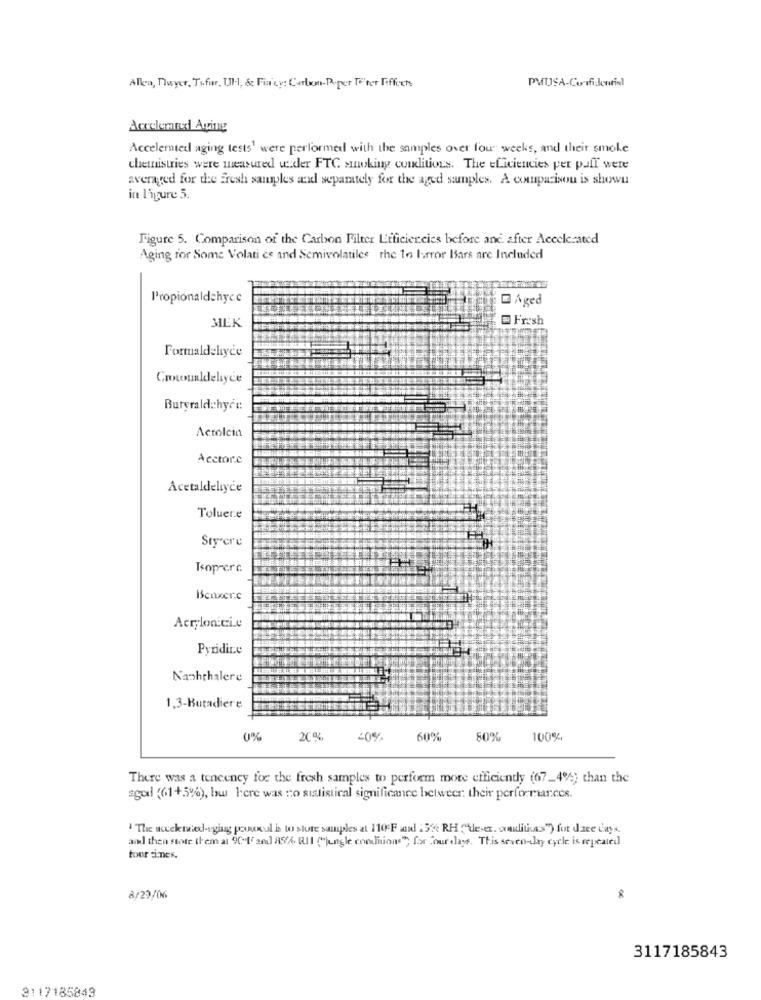
PMUSA-Confi-Jennisl
Allen, Dwyer, Tofur, Ul ., &c Fia'cy: Carlwm-Poper Te'ter Fiffoch
Accelerated Aging
Accelemted aging tests' were performed with the samples over four weeks, and their smoke
chemnistries were measured w.der FTC smoking coalitions. The eLiciencies per puff were
averaged for the Fresh samples and separately for the aged samples. A comparison is shown
in ligure 5.
Figure 5. Comparison of the Carbon Filter Efficiencies before and after Accelerated
Aging for Some Volati es and Semivolatiles rhe to horror Bars are Included
Propionaldehyc.c
- Aged
MEK
Fresh
Formaldehyde
Crocoualdehyce
Butyraldehyrt:
Actolcin
Acetor.c
Acetaldehyce
Toluere
Sty cre
Isoprerc
Beuxer.c
Acrylonici.e
Pyridice
Naphthalere
1,3-Butadiere
0%
20%
60%
80%
100%
There was a tencency for the fresh samples to perform more efficiently (67_4%) than the
agod (61+5%), bu here was no statistical significance belweer: their performar.ccs.
' The acceketwied-rging pouvul is to store samples at 110:F add 15%% RH (deser. unditicas") for dare days.
and then store them at 90off sedl RSA, RII ("jungle conditions"; for four days. This seven-day cycle is repeated
tour simnes.
8/29/06
3117185843
3117185843